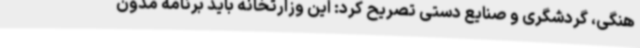
هنگی،‌ گردشگری و صنایع دستی تصریح کرد: این وزارتخانه باید برنامه مدون